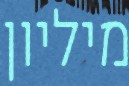
מיליון